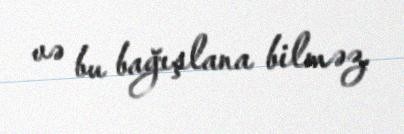
və bu bağışlana bilməz.